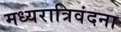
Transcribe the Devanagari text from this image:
मध्यरात्रिवंदना